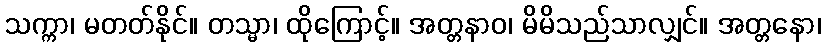
သက္ကာ၊ မတတ်နိုင်။ တသ္မာ၊ ထိုကြောင့်။ အတ္တနာဝ၊ မိမိသည်သာလျှင်။ အတ္တနော၊